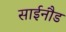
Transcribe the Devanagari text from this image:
साईनौड